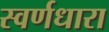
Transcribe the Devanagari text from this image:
स्वर्णधारा